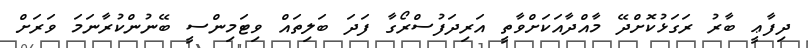
ދިފާޢީ ބާރު ރަގަޅުކޮށްދޭ މާއްދާއަކަށްވާތީ އަރިދަފުސްރޯގާ ފަދަ ބަލިތައް ވިޓަމިންސީ ބޭނުންކުރާނަމަ ވަރަށް